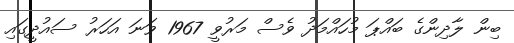
ބިން ލާދިންގެ ބައްޕަ މުހައްމަދު ވެސް މަރުވީ 1967 ވަނަ އަހަރު ސައުދީގައި